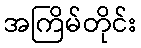
အကြိမ်တိုင်း